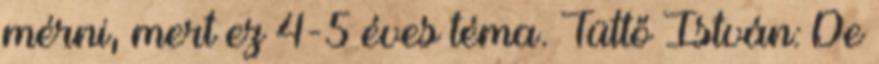
mérni, mert ez 4-5 éves téma. Tüttő István: De